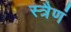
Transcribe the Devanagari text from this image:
स्त्रैणं